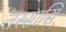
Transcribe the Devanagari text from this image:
तस्सासि